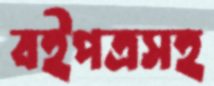
বইপত্রসহ